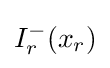
I_{r}^{-}(x_{r})